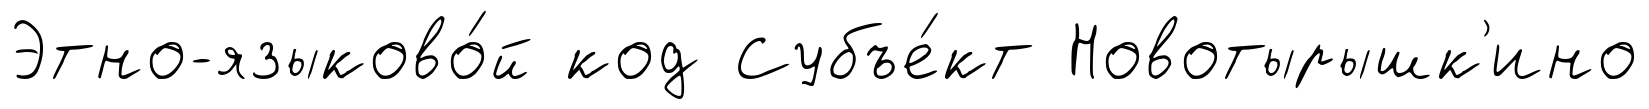
Этно-языково́й код Субъе́кт Новотырышк'ино